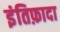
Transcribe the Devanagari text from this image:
इंतिफ़ादा